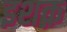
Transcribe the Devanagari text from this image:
इशक़